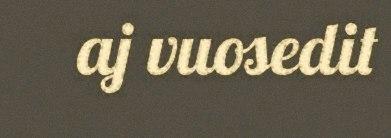
aj vuosedit